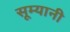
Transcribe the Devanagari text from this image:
सूम्‍यानी